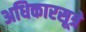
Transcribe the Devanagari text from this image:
अधिकारसूत्रे